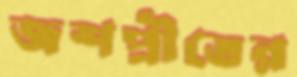
জশপ্রীতের